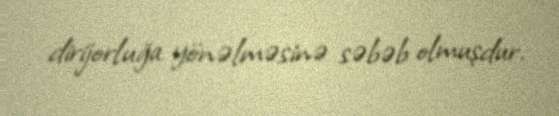
dirijorluğa yönəlməsinə səbəb olmuşdur.